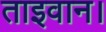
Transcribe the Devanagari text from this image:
ताइवान।